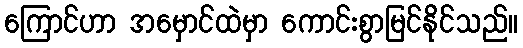
ကြောင်ဟာ အမှောင်ထဲမှာ ကောင်းစွာမြင်နိုင်သည်။